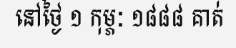
នៅថ្ងៃ ១ កុម្ភៈ ១៨៨៨ គាត់